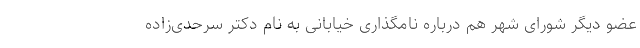
عضو دیگر شورای شهر هم درباره نامگذاری خیابانی به نام دکتر سرحدی‌زاده